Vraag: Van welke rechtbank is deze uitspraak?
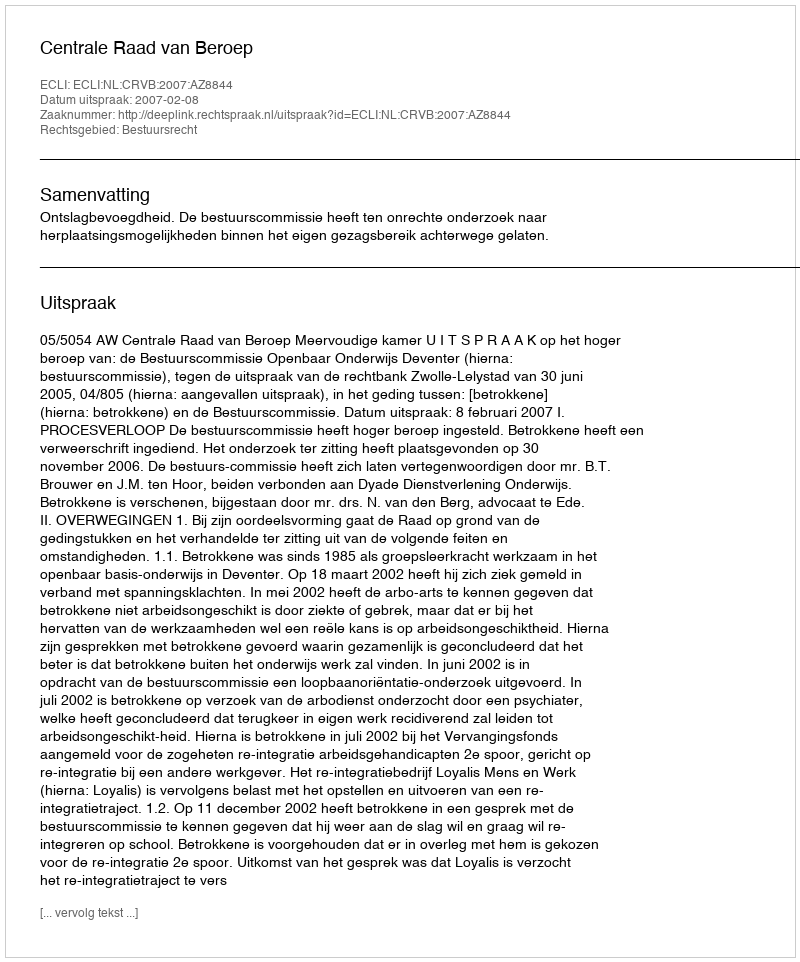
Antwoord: Centrale Raad van Beroep